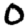
Digit: 0